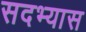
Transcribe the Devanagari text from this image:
सदभ्यास